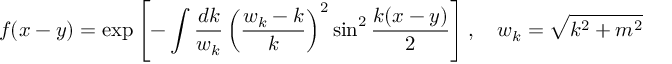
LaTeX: f ( x - y ) = \exp \left[ - \int \frac { d k } { w _ { k } } \left( \frac { w _ { k } - k } k \right) ^ { 2 } \sin ^ { 2 } \frac { k ( x - y ) } 2 \right] , \quad w _ { k } = \sqrt { k ^ { 2 } + m ^ { 2 } }